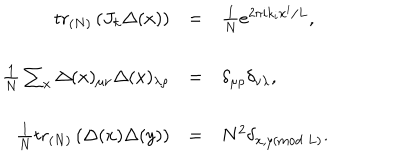
\begin{array} { r c l } { { \mathrm { t r } _ { ( N ) } \left( J _ { k } \Delta ( x ) \right) } } & { { = } } & { { \frac { 1 } { N } e ^ { 2 \pi i k _ { i } x ^ { i } / L } , } } \\ { { \frac { 1 } { N } \sum _ { x } \Delta ( x ) _ { \mu \nu } \Delta ( x ) _ { \lambda \rho } } } & { { = } } & { { \delta _ { \mu \rho } \delta _ { \nu \lambda } , } } \\ { { \frac { 1 } { N } \mathrm { t r } _ { ( N ) } \left( \Delta ( x ) \Delta ( y ) \right) } } & { { = } } & { { N ^ { 2 } \delta _ { x , y ( \mathrm { m o d } \ L ) } . } } \\ \end{array}